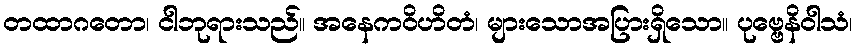
တထာဂတော၊ ငါဘုရားသည်။ အနေကဝိဟိတံ၊ များသောအပြားရှိသော။ ပုဗ္ဗေနိဝါသံ၊